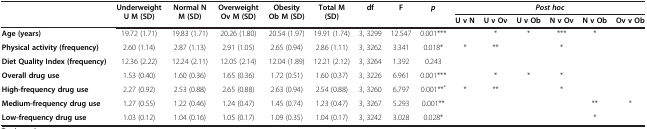
<table><thead><tr><td><b> </b></td><td rowspan="2"><b>Underweight U M (SD)</b></td><td rowspan="2"><b>Normal N M (SD)</b></td><td rowspan="2"><b>Overweight Ov M (SD)</b></td><td rowspan="2"><b>Obesity Ob M (SD)</b></td><td rowspan="2"><b>Total M (SD)</b></td><td rowspan="2"><b>df</b></td><td rowspan="2"><b>F</b></td><td rowspan="2"><b><i>p</i></b></td><td colspan="6"><b><i>Post hoc</i></b></td></tr><tr><td><b> </b></td><td><b>U v N</b></td><td><b>U v Ov</b></td><td><b>U v Ob</b></td><td><b>N v Ov</b></td><td><b>N v Ob</b></td><td><b>Ov v Ob</b></td></tr></thead><tbody><tr><td><b>Age (years)</b></td><td>19.72 (1.71)</td><td>19.83 (1.71)</td><td>20.26 (1.80)</td><td>20.54 (1.97)</td><td>19.91 (1.74)</td><td>3, 3299</td><td>12.547</td><td>0.001***</td><td> </td><td>*</td><td>*</td><td>***</td><td>*</td><td> </td></tr><tr><td><b>Physical activity (frequency)</b></td><td>2.60 (1.14)</td><td>2.87 (1.13)</td><td>2.91 (1.05)</td><td>2.65 (0.94)</td><td>2.86 (1.11)</td><td>3, 3262</td><td>3.341</td><td>0.018*</td><td>*</td><td>**</td><td> </td><td>*</td><td> </td><td> </td></tr><tr><td><b>Diet Quality Index (frequency)</b></td><td>12.36 (2.22)</td><td>12.24 (2.11)</td><td>12.05 (2.14)</td><td>12.04 (1.89)</td><td>12.21 (2.12)</td><td>3, 3264</td><td>1.392</td><td>0.243</td><td> </td><td> </td><td> </td><td> </td><td> </td><td> </td></tr><tr><td><b>Overall drug use</b></td><td>1.53 (0.40)</td><td>1.60 (0.36)</td><td>1.65 (0.36)</td><td>1.72 (0.51)</td><td>1.60 (0.37)</td><td>3, 3226</td><td>6.961</td><td>0.001***</td><td> </td><td>*</td><td>*</td><td>*</td><td> </td><td> </td></tr><tr><td><b>High-frequency drug use</b></td><td>2.27 (0.92)</td><td>2.53 (0.88)</td><td>2.65 (0.88)</td><td>2.63 (0.94)</td><td>2.54 (0.88)</td><td>3, 3260</td><td>6.797</td><td>0.001**<sup>*</sup></td><td>*</td><td>**</td><td> </td><td>*</td><td> </td><td> </td></tr><tr><td><b>Medium-frequency drug use</b></td><td>1.27 (0.55)</td><td>1.22 (0.46)</td><td>1.24 (0.47)</td><td>1.45 (0.74)</td><td>1.23 (0.47)</td><td>3, 3267</td><td>5.293</td><td>0.001**</td><td> </td><td> </td><td> </td><td> </td><td>**</td><td>*</td></tr><tr><td><b>Low-frequency drug use</b></td><td>1.03 (0.12)</td><td>1.04 (0.16)</td><td>1.05 (0.17)</td><td>1.09 (0.35)</td><td>1.04 (0.17)</td><td>3, 3242</td><td>3.028</td><td>0.028*</td><td> </td><td> </td><td> </td><td> </td><td>*</td><td> </td></tr></tbody></table>